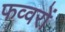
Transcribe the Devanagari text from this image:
फव्‍वरों